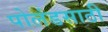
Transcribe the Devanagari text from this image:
पोलंडसाठी